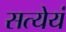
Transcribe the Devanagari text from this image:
सत्येयं